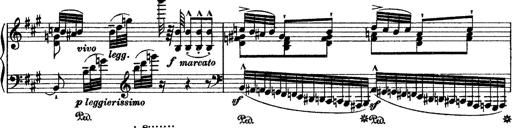
Title: Grande fantasie di bravura sur La clochette
Composer: Franz Liszt
Key: A minor